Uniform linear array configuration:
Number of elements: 8
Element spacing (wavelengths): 1
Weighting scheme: hamming
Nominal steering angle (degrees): -45
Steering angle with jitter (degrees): -47.0
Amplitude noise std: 0.05
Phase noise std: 0.05

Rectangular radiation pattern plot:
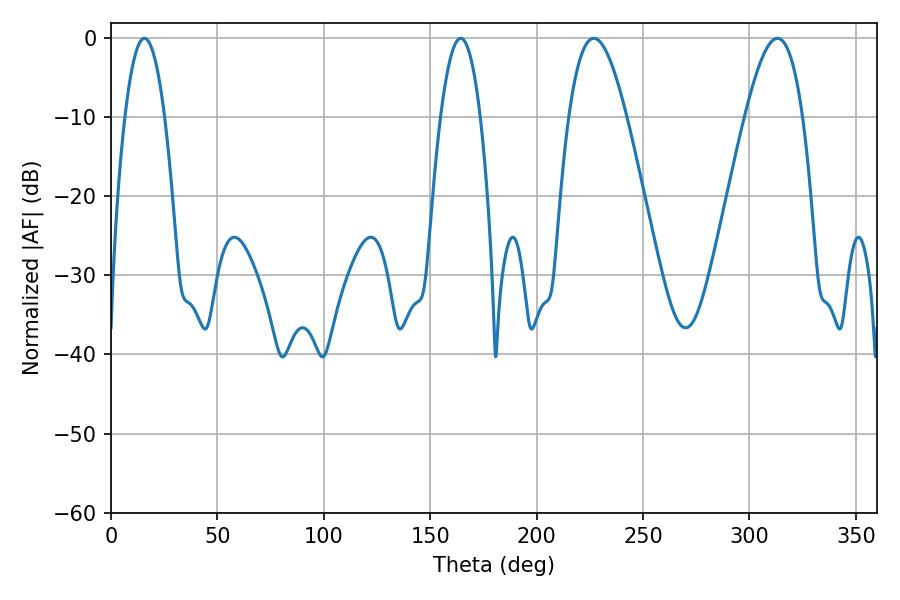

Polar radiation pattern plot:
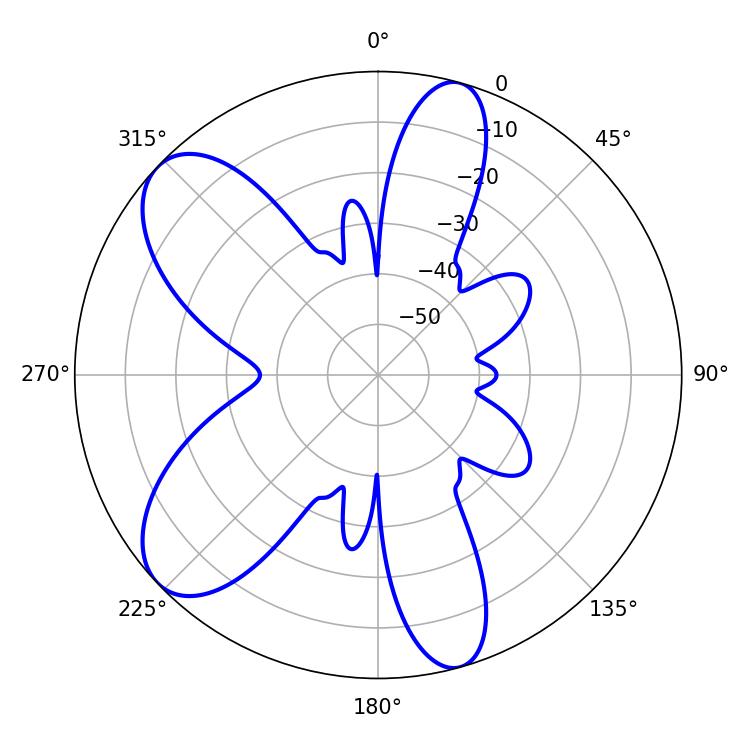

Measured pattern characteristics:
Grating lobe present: TRUE
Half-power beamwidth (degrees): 10.26
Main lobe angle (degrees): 15.66